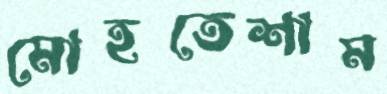
মোহতেশাম